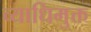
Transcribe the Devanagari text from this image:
व्याधिमुक्त